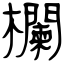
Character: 欄